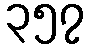
၃၅၇